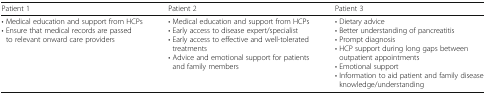
| Patient 1 | Patient 2 | Patient 3 |
 | --- | --- | --- |
 | • Medical education and support from HCPs• Ensure that medical records are passed to relevant onward care providers | • Medical education and support from HCPs• Early access to disease expert/specialist• Early access to effective and well-tolerated treatments• Advice and emotional support for patients and family members | • Dietary advice• Better understanding of pancreatitis• Prompt diagnosis• HCP support during long gaps between outpatient appointments• Emotional support• Information to aid patient and family disease knowledge/understanding |